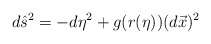
\begin{align*}d\hat{s}^{2}=-d\eta^{2}+g(r(\eta))(d\vec{x})^{2}\end{align*}